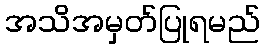
အသိအမှတ်ပြုရမည်